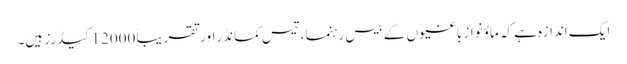
ایک اندازہ ہے کہ ماؤنواز باغیوں کے بیس رہنما، تیس کمانڈر اور تقریباً 12000 کیڈرز ہیں۔